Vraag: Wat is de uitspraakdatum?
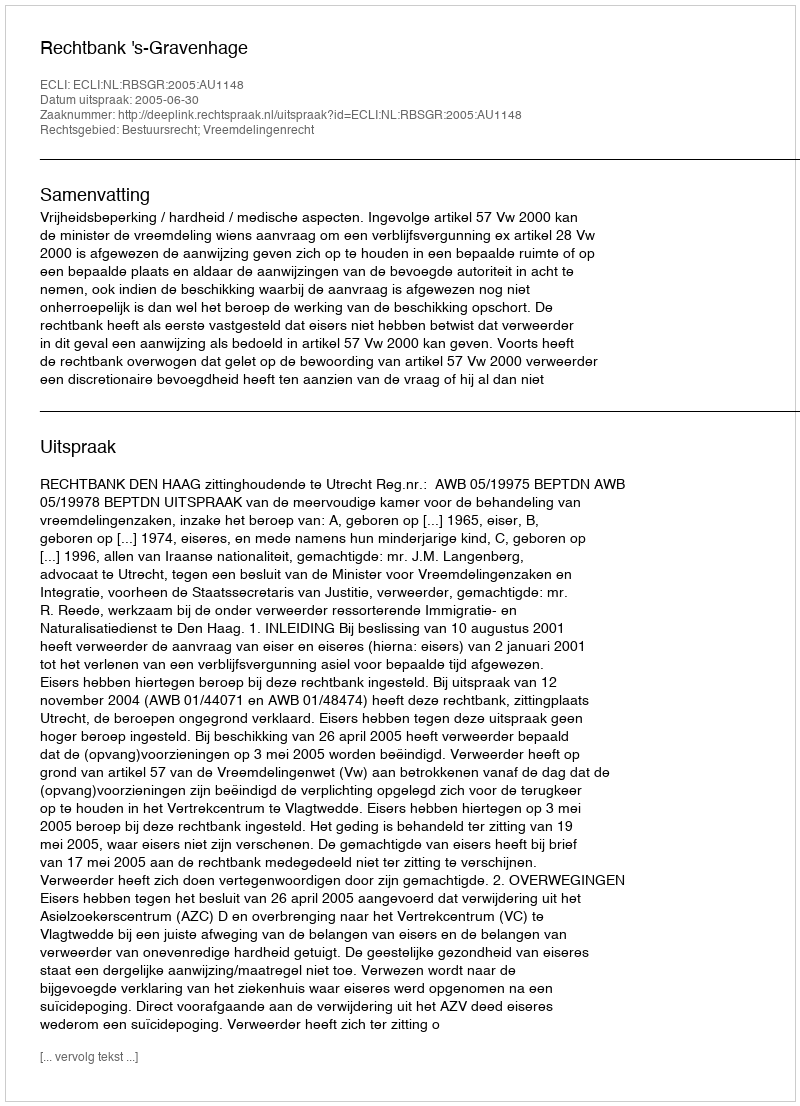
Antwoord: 2005-06-30